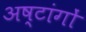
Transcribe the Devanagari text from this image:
अष्टांगों